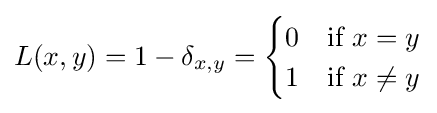
L(x,y)=1-\delta _{x,y}={\begin{cases}0&{\text{if }}x=y\\1&{\text{if }}x\neq y\end{cases}}